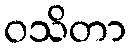
ဝသိတာ